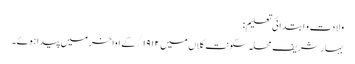
ولادت و ابتدائی تعلیم:
بہار شریف محلہ سکونت کلاں میں ۱۹۱۲/ کے اواخر میں پیدا ہوئے۔